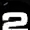
Digit: 2